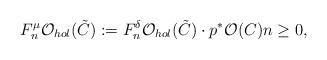
LaTeX: \begin{align*}F_n^\mu\mathcal O_{hol}(\tilde C):=F_n^\delta\mathcal O_{hol}(\tilde C)\cdot p^*\mathcal O(C)n\geq 0,\end{align*}